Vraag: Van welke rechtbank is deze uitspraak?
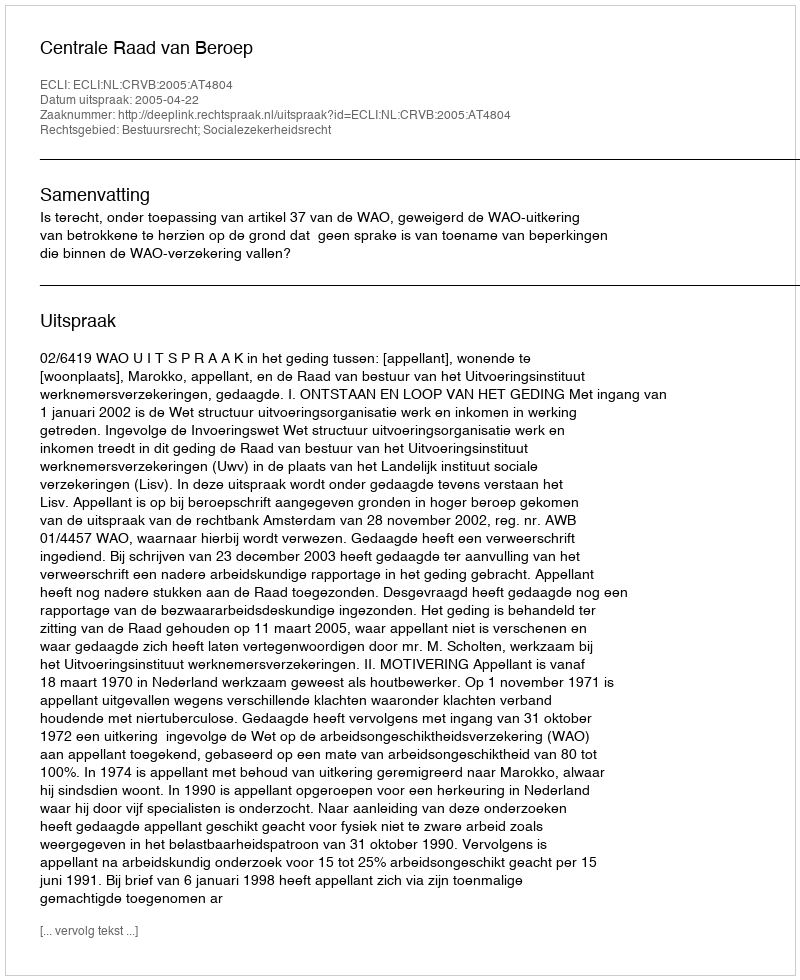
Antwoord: Centrale Raad van Beroep